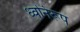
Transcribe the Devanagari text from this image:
ध्वनिरूप